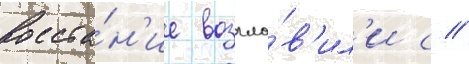
Восста́н'ие возгла́в'ил'и с //